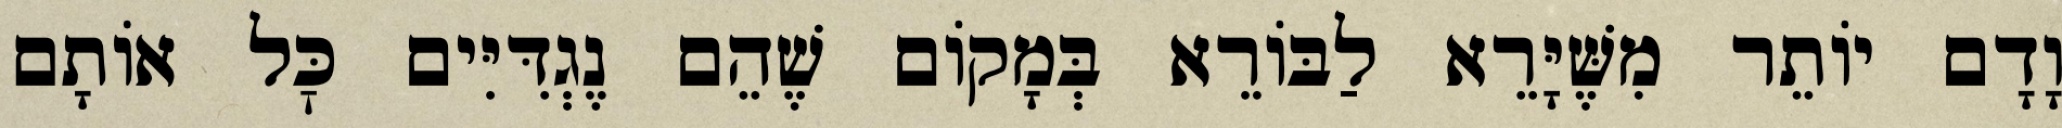
וָדָם יוֹתֵר מִשֶּׁיָּרֵא לַבּוֹרֵא בְּמָקוֹם שֶׁהֵם נֶגְדִּיִּים כׇּל אוֹתָם